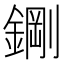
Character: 𮢪